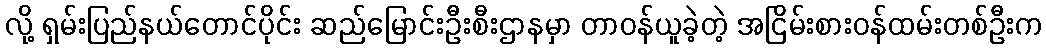
လို့ ရှမ်းပြည်နယ်တောင်ပိုင်း ဆည်မြောင်းဦးစီးဌာနမှာ တာဝန်ယူခဲ့တဲ့ အငြိမ်းစားဝန်ထမ်းတစ်ဦးက